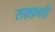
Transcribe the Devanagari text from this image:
सफ़्फ़ावी